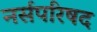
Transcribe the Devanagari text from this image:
नर्सपरिषद